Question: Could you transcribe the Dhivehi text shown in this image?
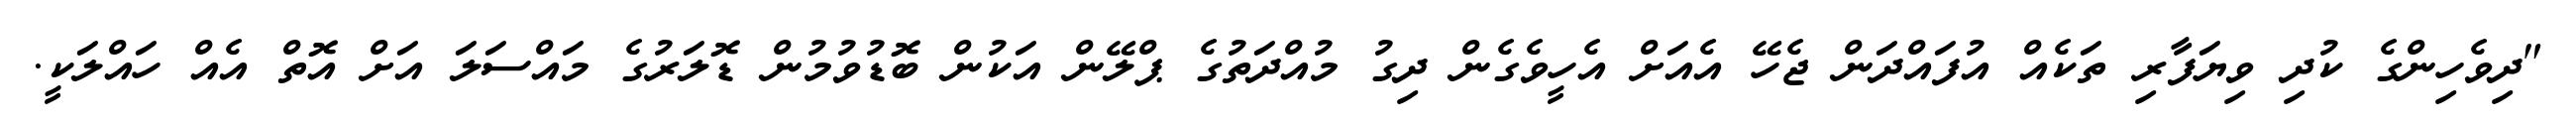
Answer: "ދިވެހިންގެ ކުދި ވިޔަފާރި ތަކެއް އުފައްދަން ޖެހޭ އެއަށް އެހީވެގެން ދިގު މުއްދަތުގެ ޕްލޭން އަކުން ބޮޑުވުމުން ޑޮލަރުގެ މައްސަލަ އަށް އޮތް އެއް ހައްލަކީ.